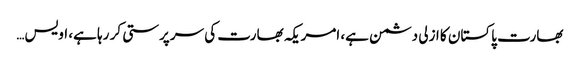
بھارت پاکستان کا ازلی دشمن ہے، امریکہ بھارت کی سرپرستی کر رہا ہے، اویس…